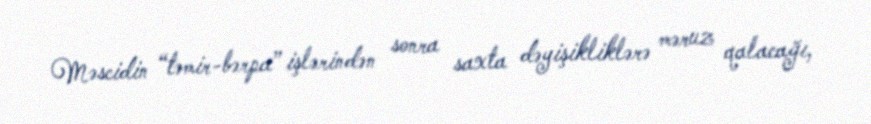
Məscidin “təmir-bərpa” işlərindən sonra saxta dəyişikliklərə məruz qalacağı,